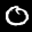
Label: 0